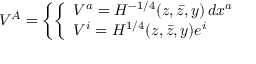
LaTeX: V ^ { A } = \left\{ \left\{ \begin{array} { l l } { { V ^ { a } = H ^ { - 1 / 4 } ( z , \bar { z } , y ) \, d x ^ { a } } } \\ { { V ^ { i } = H ^ { 1 / 4 } ( z , \bar { z } , y ) e ^ { i } } } \end{array} \right. \right.